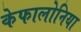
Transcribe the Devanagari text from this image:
केफालोनिया